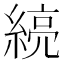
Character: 𰫯